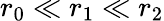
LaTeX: r_{0}\ll r_{1}\ll r_{2}